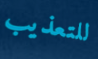
للتعذيب